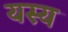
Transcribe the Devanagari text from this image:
यस्‍य